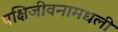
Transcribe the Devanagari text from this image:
पक्षिजीवनामधली